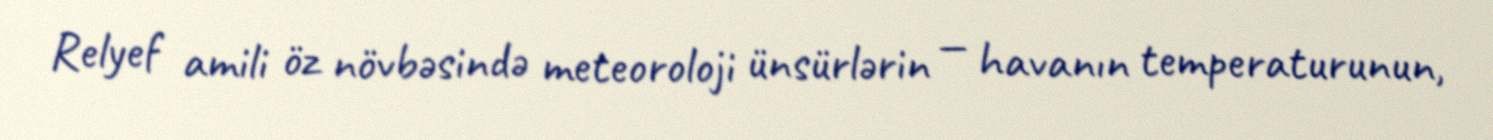
Relyef amili öz növbəsində meteoroloji ünsürlərin — havanın temperaturunun,